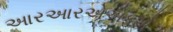
આરઆરએએફએ